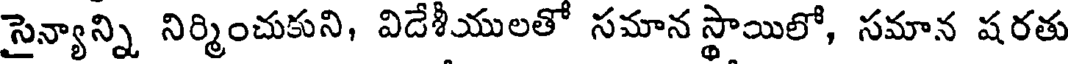
సైన్యాన్ని నిర్మించుకుని, విడేశీయులతో సమాన స్థాయిలో, సమాన షరతు